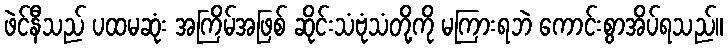
ဖဲင်နီသည် ပထမဆုံး အကြိမ်အဖြစ် ဆိုင်းသံဗုံသံတို့ကို မကြားရဘဲ ကောင်းစွာအိပ်ရသည်။